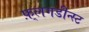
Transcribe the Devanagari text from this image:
फ़्लगडीन्स्ट